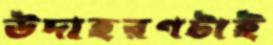
উদাহরণটাই